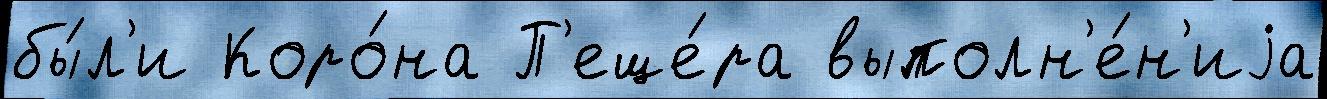
бы́л'и Коро́на П'еще́ра выполн'е́н'иjа